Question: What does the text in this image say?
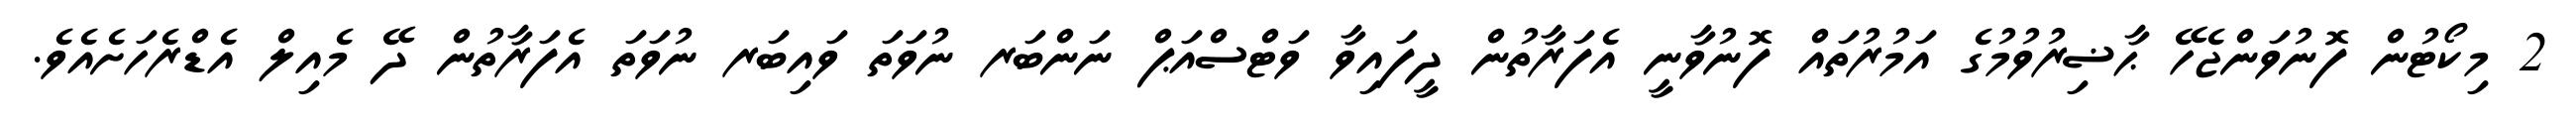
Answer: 2 މިކޯޓުން ފޮނުވަންޖެހޭ ޙާޟިރުވުމުގެ އަމުރުތައް ފޮނުވާނީ އެފަރާތުން ދީފައިވާ ވަޓްސްއަޕް ނަންބަރ ނުވަތަ ވައިބަރ ނުވަތަ އެފަރާތުން ދޭ މެއިލް އެޑްރެހަށެއެވެ.